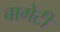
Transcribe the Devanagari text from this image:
बागेटी